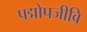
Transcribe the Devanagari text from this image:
पद्मोपजीवि